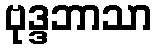
ဗုဒ္ဒဘာသာ